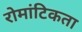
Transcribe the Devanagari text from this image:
रोमांटिकता